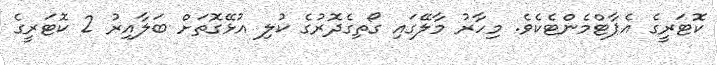
ކޮޓަރީގެ އެޕާޓްމެންޓެކެވެ. މިހާރު މާލޭގައި ގޯތިގެދޮރުގެ ކުލި އުޅޭގޮތަށް ބަލާއިރު 2 ކޮޓަރީގެ